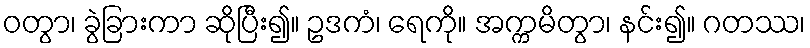
ဝတွာ၊ ခွဲခြားကာ ဆိုပြီး၍။ ဥဒကံ၊ ရေကို။ အက္ကမိတွာ၊ နင်း၍။ ဂတဿ၊